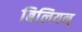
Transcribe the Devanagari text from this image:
बिलियन्